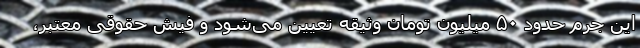
این جرم حدود ۵۰ میلیون تومان وثیقه تعیین می‌شود و فیش حقوقی معتبر،